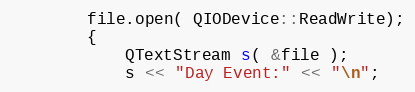
Language: C++
        file.open( QIODevice::ReadWrite);
        {
            QTextStream s( &file );
            s << "Day Event:" << "\n";